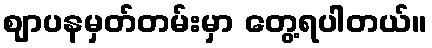
ဈာပနမှတ်တမ်းမှာ တွေ့ရပါတယ်။